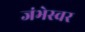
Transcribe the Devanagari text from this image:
जंभेस्वर